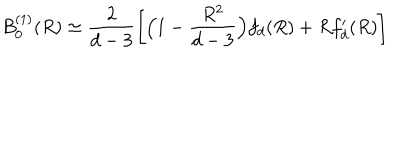
B _ { 0 } ^ { ( 1 ) } ( R ) \simeq \frac { 2 } { d - 3 } \left[ \Big ( 1 - \frac { R ^ { 2 } } { d - 3 } \Big ) f _ { d } ( R ) + R f _ { d } ^ { \prime } ( R ) \right]